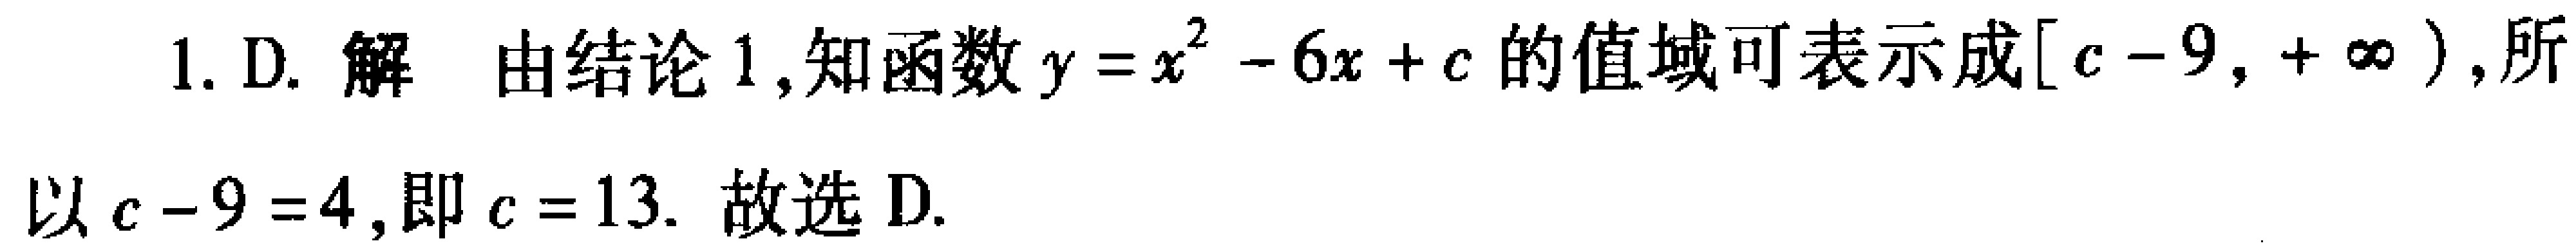
1. D. 解 由结论 1,知函数\(y = x^{2}-6x + c\)的值域可表示成\([c - 9,+\infty)\),所以\(c - 9 = 4\),即\(c = 13\). 故选 D.